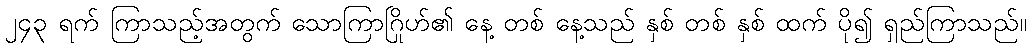
၂၄၃ ရက် ကြာသည့်အတွက် သောကြာဂြိုဟ်၏ နေ့ တစ် နေ့သည် နှစ် တစ် နှစ် ထက် ပို၍ ရှည်ကြာသည်။